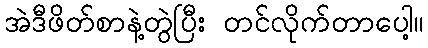
အဲဒီဖိတ်စာနဲ့တွဲပြီး တင်လိုက်တာပေါ့။